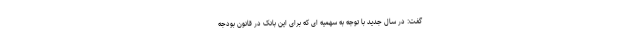
گفت: در سال جدید با توجه به سهمیه ای که برای این بانک در قانون بودجه